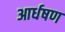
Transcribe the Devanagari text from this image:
आर्धषण